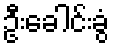
ဦးခေါင်းခွံ